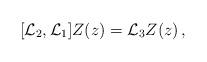
LaTeX: \begin{align*}[{\cal L}_{2},{\cal L}_{1}]Z(z)={\cal L}_{3}Z(z)\,,\end{align*}